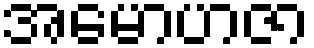
အမောဟဇာ